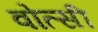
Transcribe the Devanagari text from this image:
वोत्सी